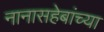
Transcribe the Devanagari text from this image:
नानासहेबांच्या